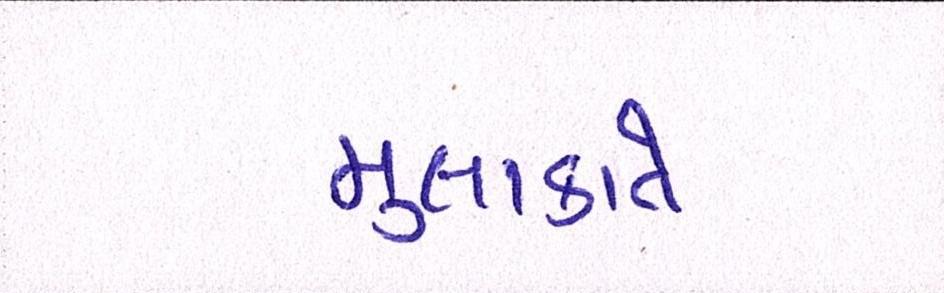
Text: મુલાકાતે